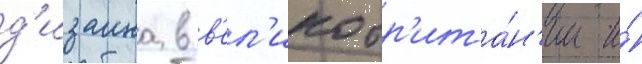
д'изаина в в'ел'икобр'ита́н'ии и́